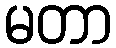
မတာ